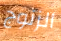
الزنوج